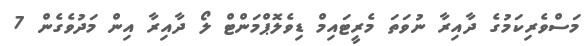
މަސްވެރިކަމުގެ ދާއިރާ ނުވަތަ މެރީޓައިމް ޑިވެލޮޕްމަންޓް ލޯ ދާއިރާ އިން މަދުވެގެން 7